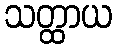
သတ္ထာယ